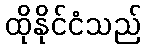
ထိုနိုင်ငံသည်